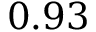
0 . 9 3